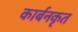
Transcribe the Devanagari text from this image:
कार्बनकृत